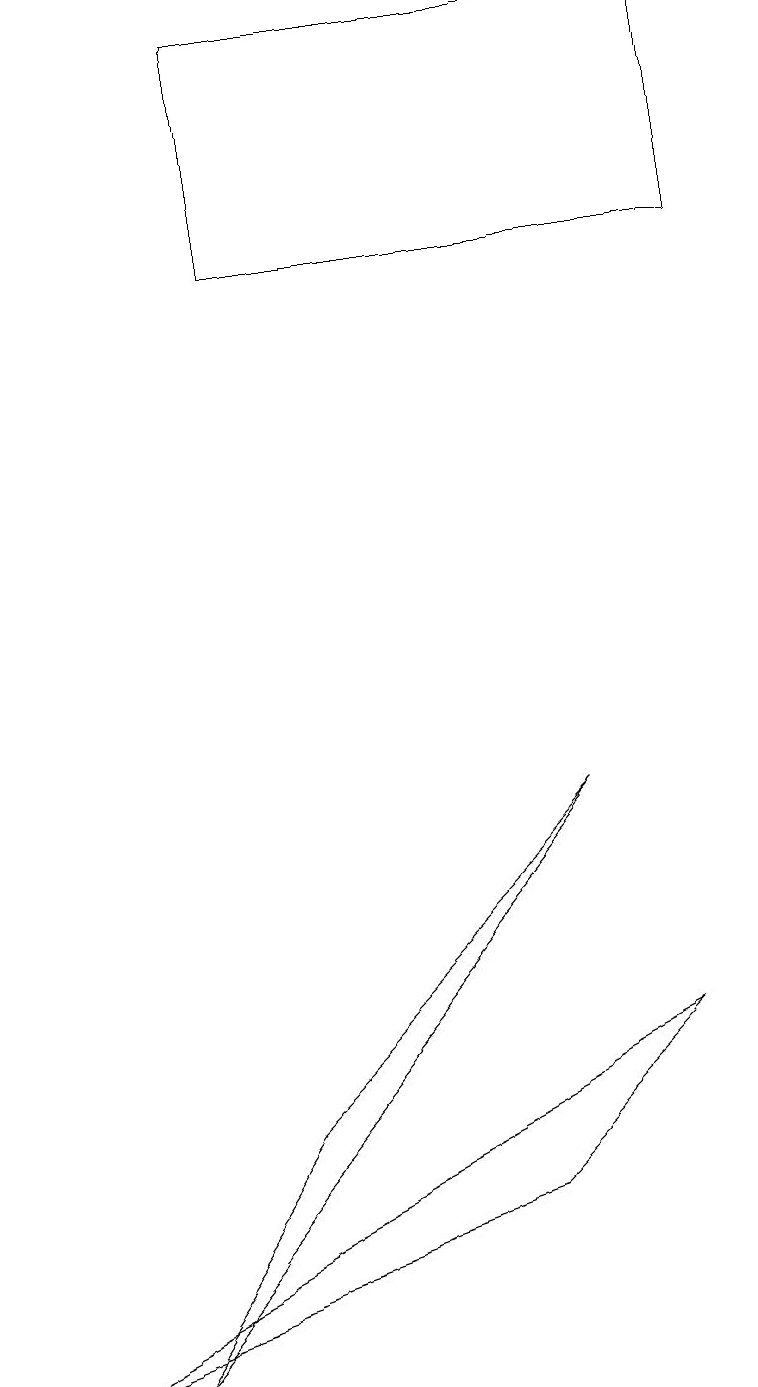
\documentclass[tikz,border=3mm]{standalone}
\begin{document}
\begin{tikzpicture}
\draw (1,1) -- (7,8) -- (3,4) -- cycle;
\draw (3,18) rectangle (9,15);
\draw (6,3) -- (0,1) -- (8,5) -- cycle;
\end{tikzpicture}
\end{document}